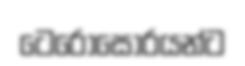
ටෙරෝසෝරයන්ට